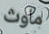
ماوث